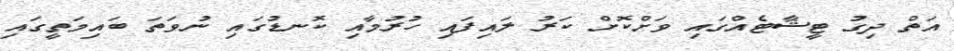
އަތް ދިގު ޓީޝާޓެއްގައި ވަށްކޮށް ކަރު ލައިފައި ހުރުމާއި ކޮނޑުގައި ނުވަތަ ބައިމަތީގައި